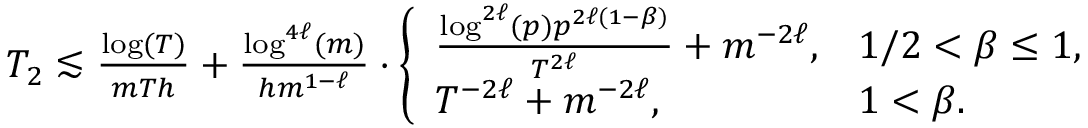
\begin{array} { r l } & { T _ { 2 } \lesssim \frac { \log ( T ) } { m T h } + \frac { \log ^ { 4 \ell } ( m ) } { h m ^ { 1 - \ell } } \cdot \left\{ \begin{array} { l l } { \frac { \log ^ { 2 \ell } ( p ) p ^ { 2 \ell ( 1 - \beta ) } } { T ^ { 2 \ell } } + m ^ { - 2 \ell } , } & { 1 / 2 < \beta \leq 1 , } \\ { T ^ { - 2 \ell } + m ^ { - 2 \ell } , } & { 1 < \beta . } \end{array} \right. } \end{array}